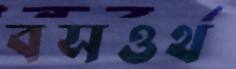
বসওর্থ